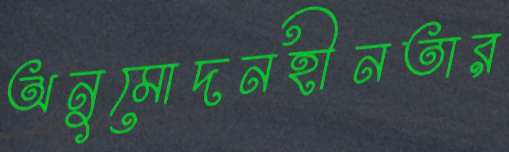
অনুমোদনহীনতার